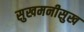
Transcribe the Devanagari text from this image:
सुखमनीसुख